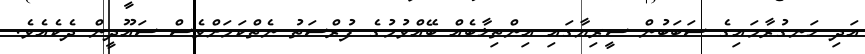
އަދި ހަނގުރާމައިގެ ސަބަބުން ސީރިޔާގައި އިންތިޚާބެއް ބޭއްވުމުގެ ފުރްސަތު ނެތްކަމަށްވެސް ސައޫދީން ދެކެއެވެ.